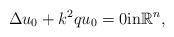
LaTeX: \begin{align*} \Delta u_0 +k^2qu_0=0\mbox{in} \mathbb R^n, \end{align*}